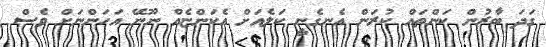
ގަދަ ބާރުން ކަންތައް ކުރަން އެނގެނީ ކަލެއަށް އެކަންޏެއް ނޫނޭ އަހަންނަށް ވެސް